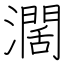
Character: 濶